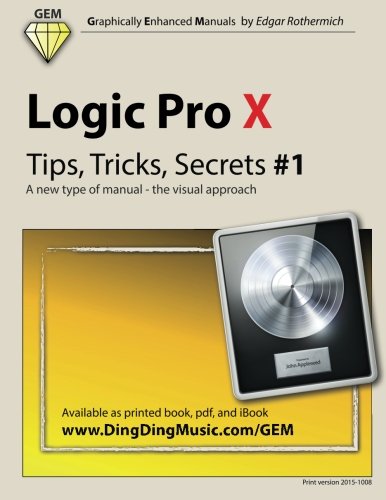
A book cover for Logic Pro X - Tips, Tricks, Secrets #1: A new type of manual - the visual approach; Edgar Rothermich; Computers & Technology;